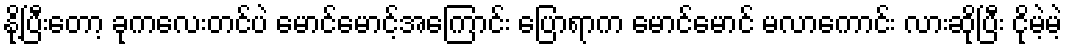
နို့ပြီးတော့ ခုကလေးတင်ပဲ မောင်မောင့်အကြောင်း ပြောရာက မောင်မောင် မလာကောင်း လားဆိုပြီး ငိုမဲ့မဲ့